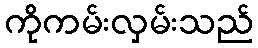
ကိုကမ်းလှမ်းသည်